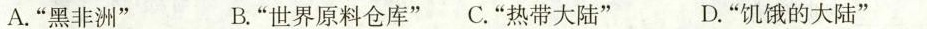
A.”黑非洲” B.”世界原料仓库”C.”热带大陆” D.”饥饿的大陆”